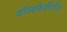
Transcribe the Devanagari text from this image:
बॉम्बफेकीतील